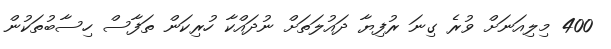
400 މިލިއަނަށް ވުރެ ގިނަ ރުފިޔާ ދައުލަތަށް ނުދައްކާ ހުރިކަން ތަފާސް ހިސާބުތަކުން